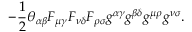
- \frac 1 2 \theta _ { \alpha \beta } F _ { \mu \gamma } F _ { \nu \delta } F _ { \rho \sigma } g ^ { \alpha \gamma } g ^ { \beta \delta } g ^ { \mu \rho } g ^ { \nu \sigma } .